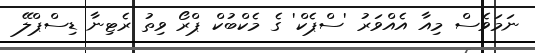
ނަމަވެސް މިއާ އެއްވަރު 'ސްޕެކް' ގެ މެކްބުކް ޕްރޯ ވިތު ރެޓިނާ ޑިސްޕްލޭ